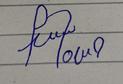
Signature authenticity: forged